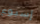
إسبوع